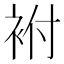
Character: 袝